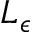
L _ { \epsilon }